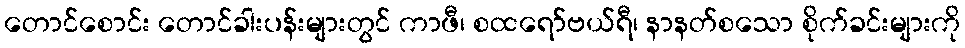
တောင်စောင်း တောင်ခါးပန်းများတွင် ကာဖီ၊ စထရော်ဗယ်ရီ၊ နာနတ်စသော စိုက်ခင်းများကို